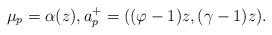
LaTeX: \begin{align*}\mu_p=\alpha (z),a_p^+=((\varphi-1)z, (\gamma-1)z).\end{align*}